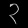
Digit: ၃